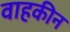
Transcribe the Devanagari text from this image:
वाहकीन